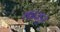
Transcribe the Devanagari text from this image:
काउडूर